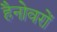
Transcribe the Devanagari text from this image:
हैनोवरों